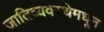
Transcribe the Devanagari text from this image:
जातिव्यवस्थेमधून